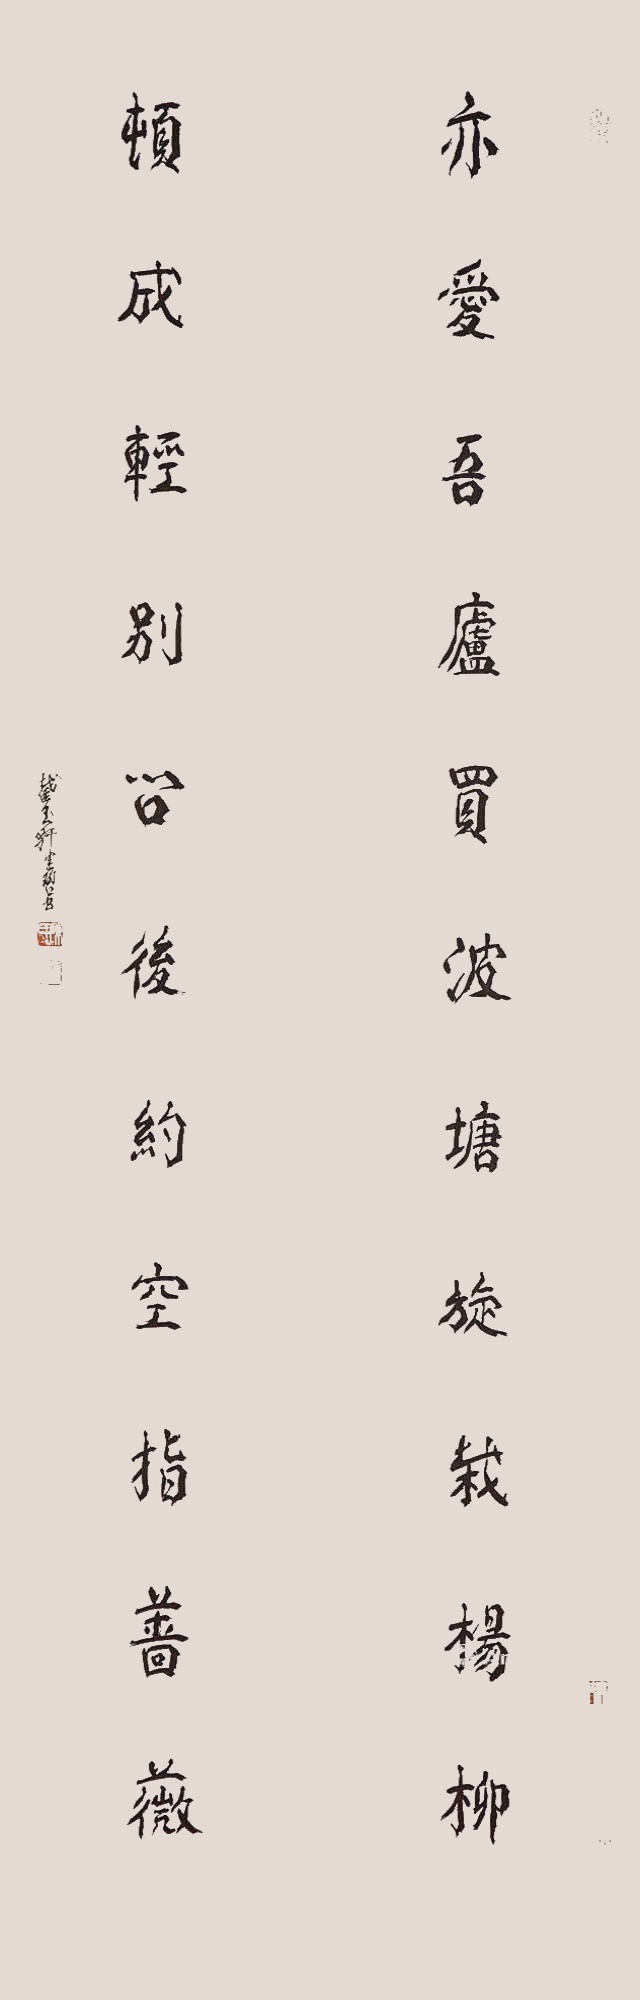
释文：亦爱吾卢买波塘旋栽杨柳，顿成轻别问后约空指蔷薇。截玉轩健碧书。